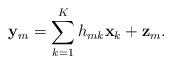
LaTeX: \begin{align*} \mathbf{y}_m = \sum_{k=1}^K h_{mk}\mathbf{x}_k + \mathbf{z}_m.\end{align*}